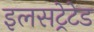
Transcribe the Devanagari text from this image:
इलसट्रेटेड